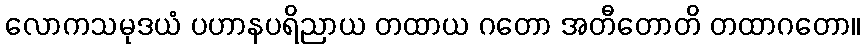
လောကသမုဒယံ ပဟာနပရိညာယ တထာယ ဂတော အတီတောတိ တထာဂတော။